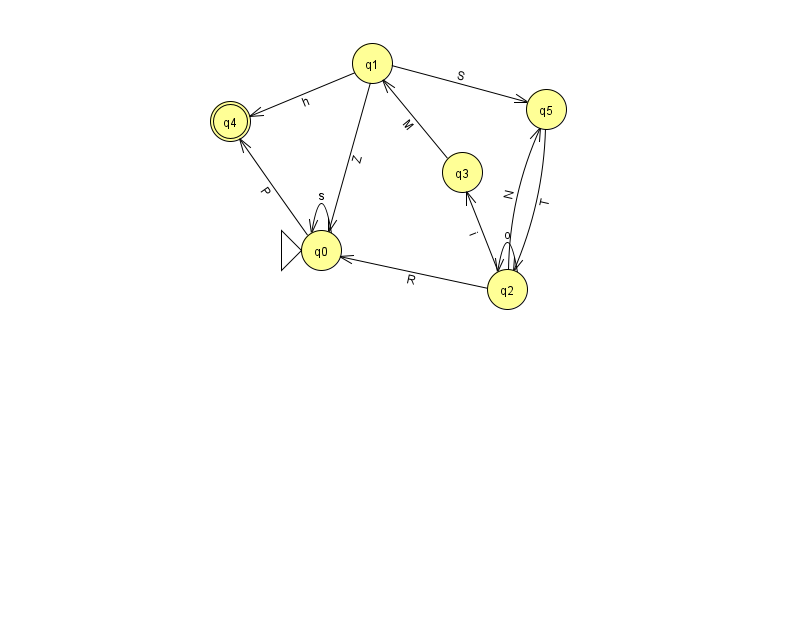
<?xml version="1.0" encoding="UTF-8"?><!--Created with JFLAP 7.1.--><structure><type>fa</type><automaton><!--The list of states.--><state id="0" name="q0"><x>321.0</x><y>237.0</y><initial/></state><state id="1" name="q1"><x>372.0</x><y>50.0</y></state><state id="2" name="q2"><x>507.0</x><y>276.0</y></state><state id="3" name="q3"><x>462.0</x><y>159.0</y></state><state id="4" name="q4"><x>230.0</x><y>108.0</y><final/></state><state id="5" name="q5"><x>546.0</x><y>96.0</y></state><!--The list of transitions.--><transition><from>1</from><to>0</to><read>Z</read></transition><transition><from>5</from><to>2</to><read>T</read></transition><transition><from>2</from><to>0</to><read>R</read></transition><transition><from>2</from><to>3</to><read>i</read></transition><transition><from>0</from><to>0</to><read>s</read></transition><transition><from>2</from><to>5</to><read>N</read></transition><transition><from>3</from><to>1</to><read>M</read></transition><transition><from>1</from><to>4</to><read>h</read></transition><transition><from>1</from><to>5</to><read>S</read></transition><transition><from>0</from><to>4</to><read>P</read></transition><transition><from>2</from><to>2</to><read>o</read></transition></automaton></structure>